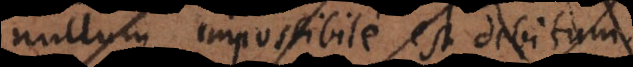
nullum impossibile est debitum.